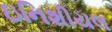
ઇનિશીયલ